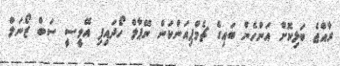
ރާއްޖެ ބަލިކޮށް އަންހެން ބައިގެ ޗެމްޕިއަންކަން ނޭޕާލް ހޯދައިފި އޭވީސީ ސަބް ޒޯނަލް